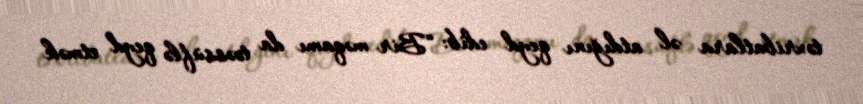
təxribatlara əl atdığını qeyd edib: “Bir məqamı da təəssüflə qeyd etmək